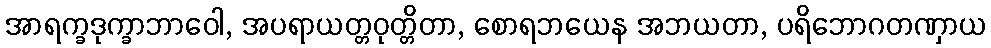
အာရက္ခဒုက္ခာဘာဝေါ, အပရာယတ္တဝုတ္တိတာ, စောရဘယေန အဘယတာ, ပရိဘောဂတဏှာယ